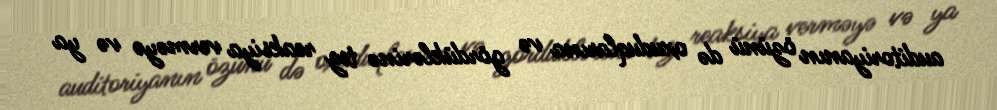
auditoriyanın özünü də oxuduqlarına və gördüklərinə tez reaksiya verməyə və ya